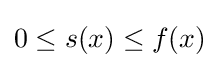
0\leq s(x)\leq f(x)